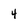
Character: 4